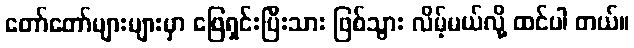
တော်တော်များများမှာ ဖြေရှင်းပြီးသား ဖြစ်သွား လိမ့်မယ်လို့ ထင်ပါ တယ်။